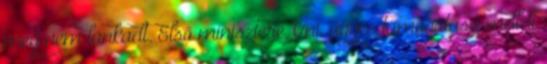
meg nem lankadt. Első minisztere, Uni, ügyes támogatása mellett